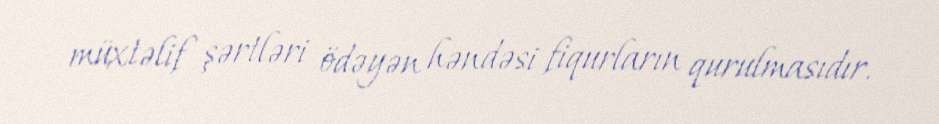
müxtəlif şərtləri ödəyən həndəsi fiqurların qurulmasıdır.